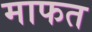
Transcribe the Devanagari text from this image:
माफत